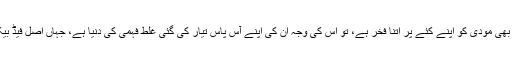
اگر اتنا کچھ ہونے کے بعد بھی مودی کو اپنے کئے پر اتنا فخر ہے، تو اس کی وجہ ان کی اپنے آس پاس تیار کی گئی غلط فہمی کی دنیا ہے، جہاں اصل فیڈ بیک ان تک پہنچ ہی نہیں پاتا۔